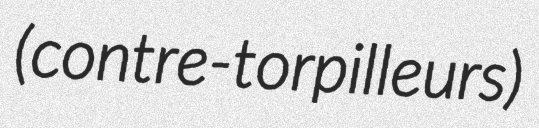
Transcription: (contre-torpilleurs)